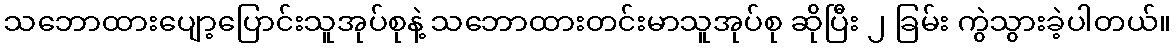
သဘောထားပျော့ပြောင်းသူအုပ်စုနဲ့ သဘောထားတင်းမာသူအုပ်စု ဆိုပြီး ၂ ခြမ်း ကွဲသွားခဲ့ပါတယ်။